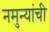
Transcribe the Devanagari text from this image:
नमुन्यांची